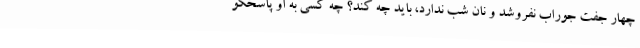
چهار جفت جوراب نفروشد و نان شب ندارد، باید چه کند؟ چه کسی به او پاسخگو